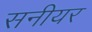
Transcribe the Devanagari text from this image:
सनीयर